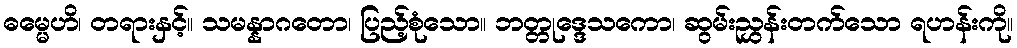
ဓမ္မေဟိ၊ တရားနှင့်။ သမန္နာဂတော၊ ပြည့်စုံသော။ ဘတ္တုဒ္ဒေသကော၊ ဆွမ်းညွှန်းတက်သော ရဟန်းကို။